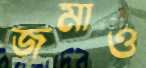
জমাও